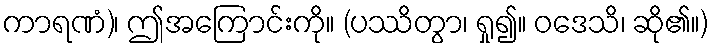
ကာရဏံ)၊ ဤအကြောင်းကို။ (ပဿိတွာ၊ ရှု၍။ ဝဒေသိ၊ ဆို၏။)